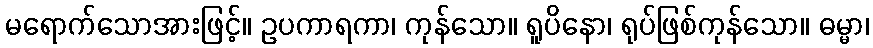
မရောက်သောအားဖြင့်။ ဥပကာရကာ၊ ကုန်သော။ ရူပိနော၊ ရုပ်ဖြစ်ကုန်သော။ ဓမ္မာ၊